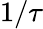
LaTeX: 1/\tau